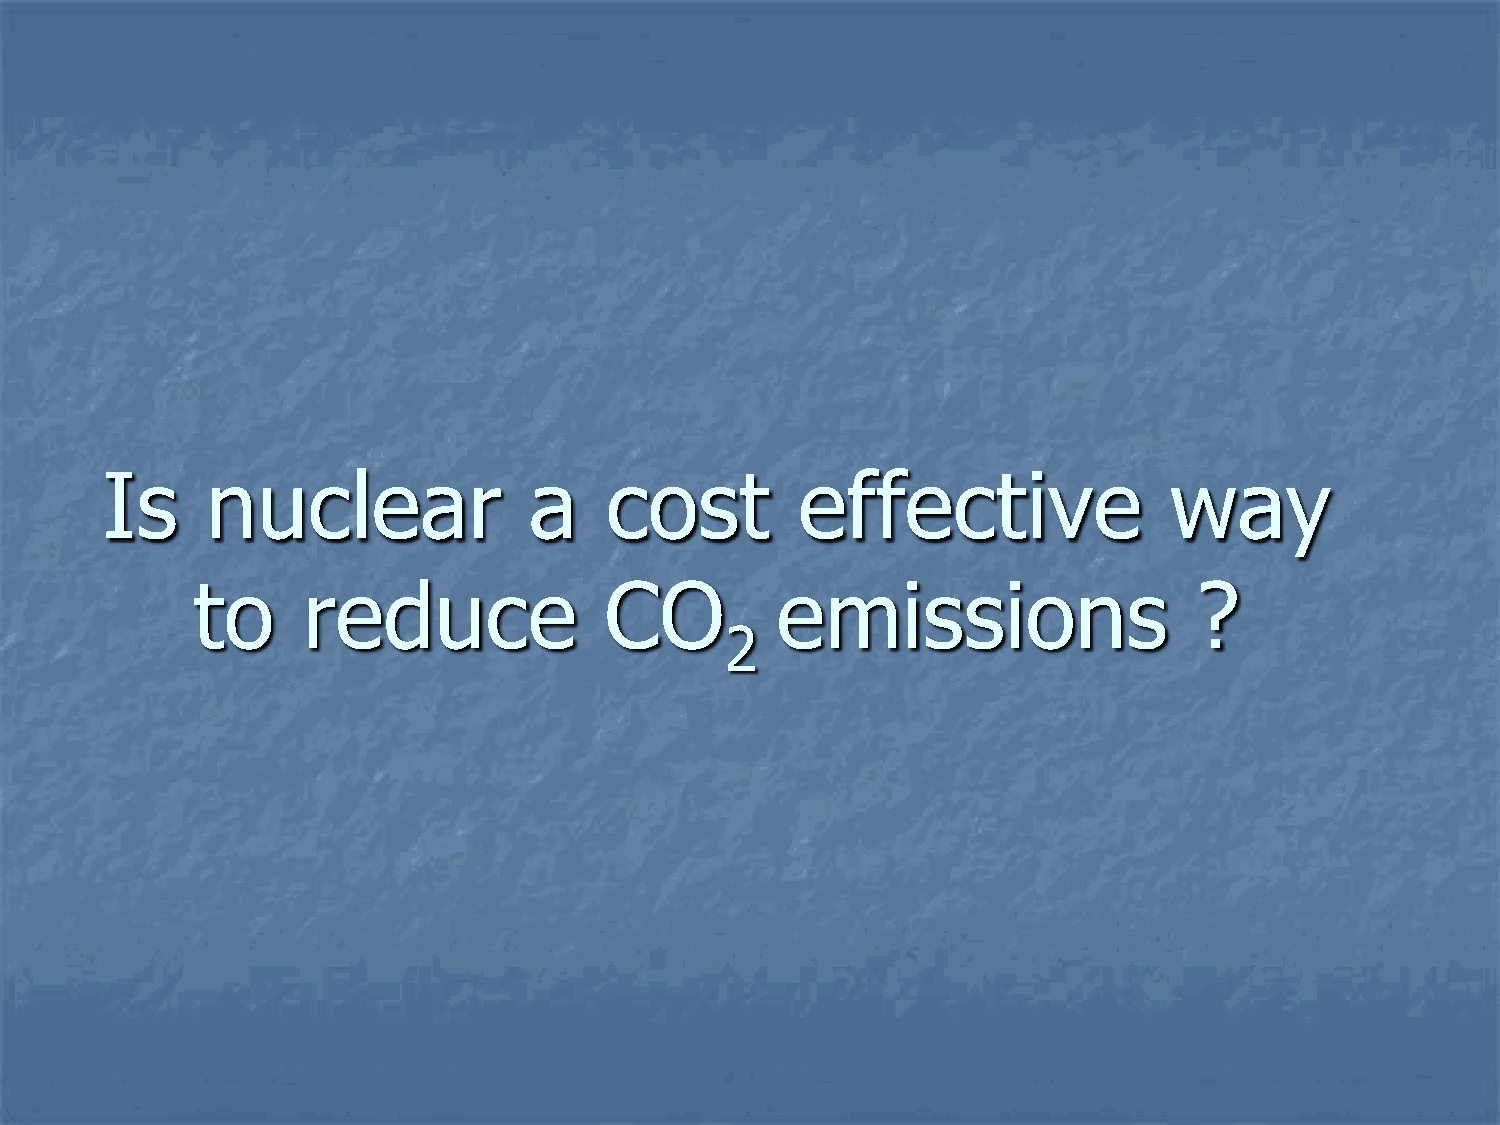
Is     nuclear              a    cost         effective               way
 to     reduce              CO         emissions                   ?
 2